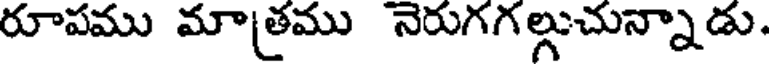
రూపము మాత్రము నెరుగగల్గుచున్నాడు.